Scientific memoirs by medical officers of the Army of India - Part X,
Year: 1897
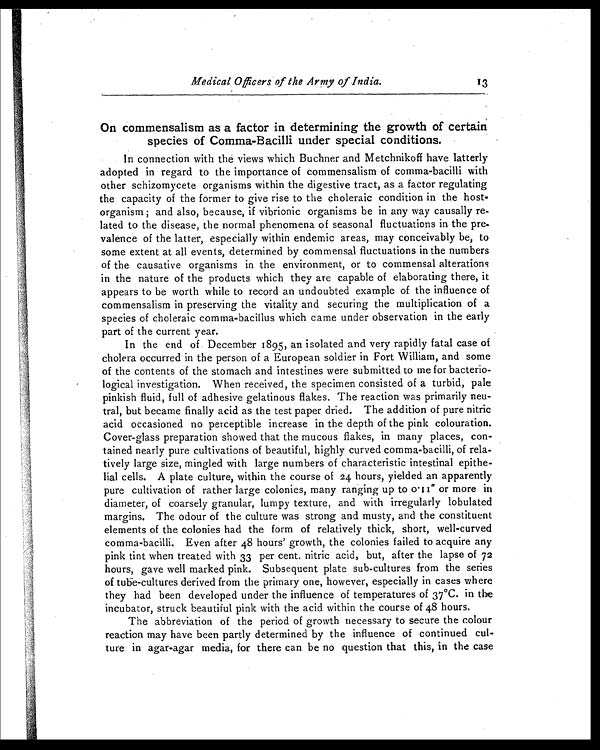
Medical Officers of the Army of India .
13
On commensalism as a factor in determining the growth of certain
species of Comma-Bacilli under special conditions.
In connection with the views which Buchner and Metchnikoff have latterly
adopted in regard to the importance of commensalism of comma-bacilli with
other schizomycete organisms within the digestive tract, as a factor regulating
the capacity of the former to give rise to the choleraic condition in the host-
organism ; and also, because, if vibrionic organisms be in any way causally re-
lated to the disease, the normal phenomena of seasonal fluctuations in the pre
- v a l e n c e o f t h e l a t t e r , e s p e c i a l l y w i t h i n e n d e m i c a r e a s , m a y c o n c e i v a b l y b e , t o
some extent at all events, determined by commensal fluctuations in the numbers
of the causative organisms in the environment, or to commensal alterations
in the nature of the products which they are capable of elaborating there, it
appears to be worth while to record an undoubted example of the influence of
commensalism in preserving the vitality and securing the multiplication of a
species of choleraic comma-bacillus which came under observation in the early
part of the current year.
In the end of December 1895, an isolated and very rapidly fatal case of
cholera occurred in the person of a European soldier in Fort William, and some
of the contents of the stomach and intestines were submitted to me for bacterio
- l o g i c a l i n v e s t i g a t i o n . W h e n r e c e i v e d , t h e s p e c i m e n c o n s i s t e d o f a t u r b i d , p a l e
pinkish fluid, full of adhesive gelatinous flakes. The reaction was primarily neu
- t r a l , b u t b e c a m e f i n a l l y a c i d a s t h e t e s t p a p e r d r i e d . T h e a d d i t i o n o f p u r e n i t r i c
acid occasioned no perceptible increase in the depth of the pink colouration.
Cover-glass preparation showed that the mucous flakes, in many places, con
-tained nearly pure cultivations of beautiful, highly curved comma-bacilli, of rela-
tively large size, mingled with large numbers of characteristic intestinal epithe
- l i a l c e l l s . A p l a t e c u l t u r e , w i t h i n t h e c o u r s e o f 2 4 h o u r s , y i e l d e d a n a p p a r e n t l y
pure cultivation of rather large colonies, many ranging up to 0.11" or more in
diameter, of coarsely granular, lumpy texture, and with irregularly lobulated
margins. The odour of the culture was strong and musty, and the constituent
elements of the colonies had the form of relatively thick, short, well-curved
comma-bacilli. Even after 48 hours' growth, the colonies failed to acquire any
pink tint when treated with 33 per cent. nitric acid, but, after the lapse of 72
hours, gave well marked pink. Subsequent plate sub-cultures from the series
of tube-cultures derived from the primary one, however, especially in cases where
they had been developed under the influence of temperatures of 37°C. in the
incubator, struck beautiful pink with the acid within the course of 48 hours.
The abbreviation of the period of growth necessary to secure the colour
reaction may have been partly determined by the influence of continued cul
- t u r e i n a g a r - a g a r m e d i a , f o r t h e r e c a n b e n o q u e s t i o n t h a t t h i s , i n t h e c a s e